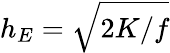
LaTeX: h_{E}=\sqrt{2K/f}